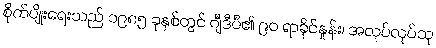
စိုက်ပျိုးရေးသည် ၁၉၈၅ ခုနှစ်တွင် ဂျီဒီပီ၏ ၉၀ ရာခိုင်နှုန်း၊ အလုပ်လုပ်သူ